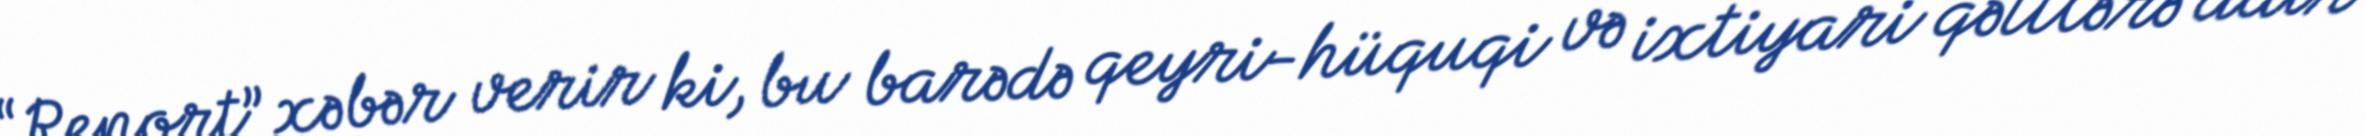
“Report” xəbər verir ki, bu barədə qeyri-hüquqi və ixtiyari qəttlərə dair